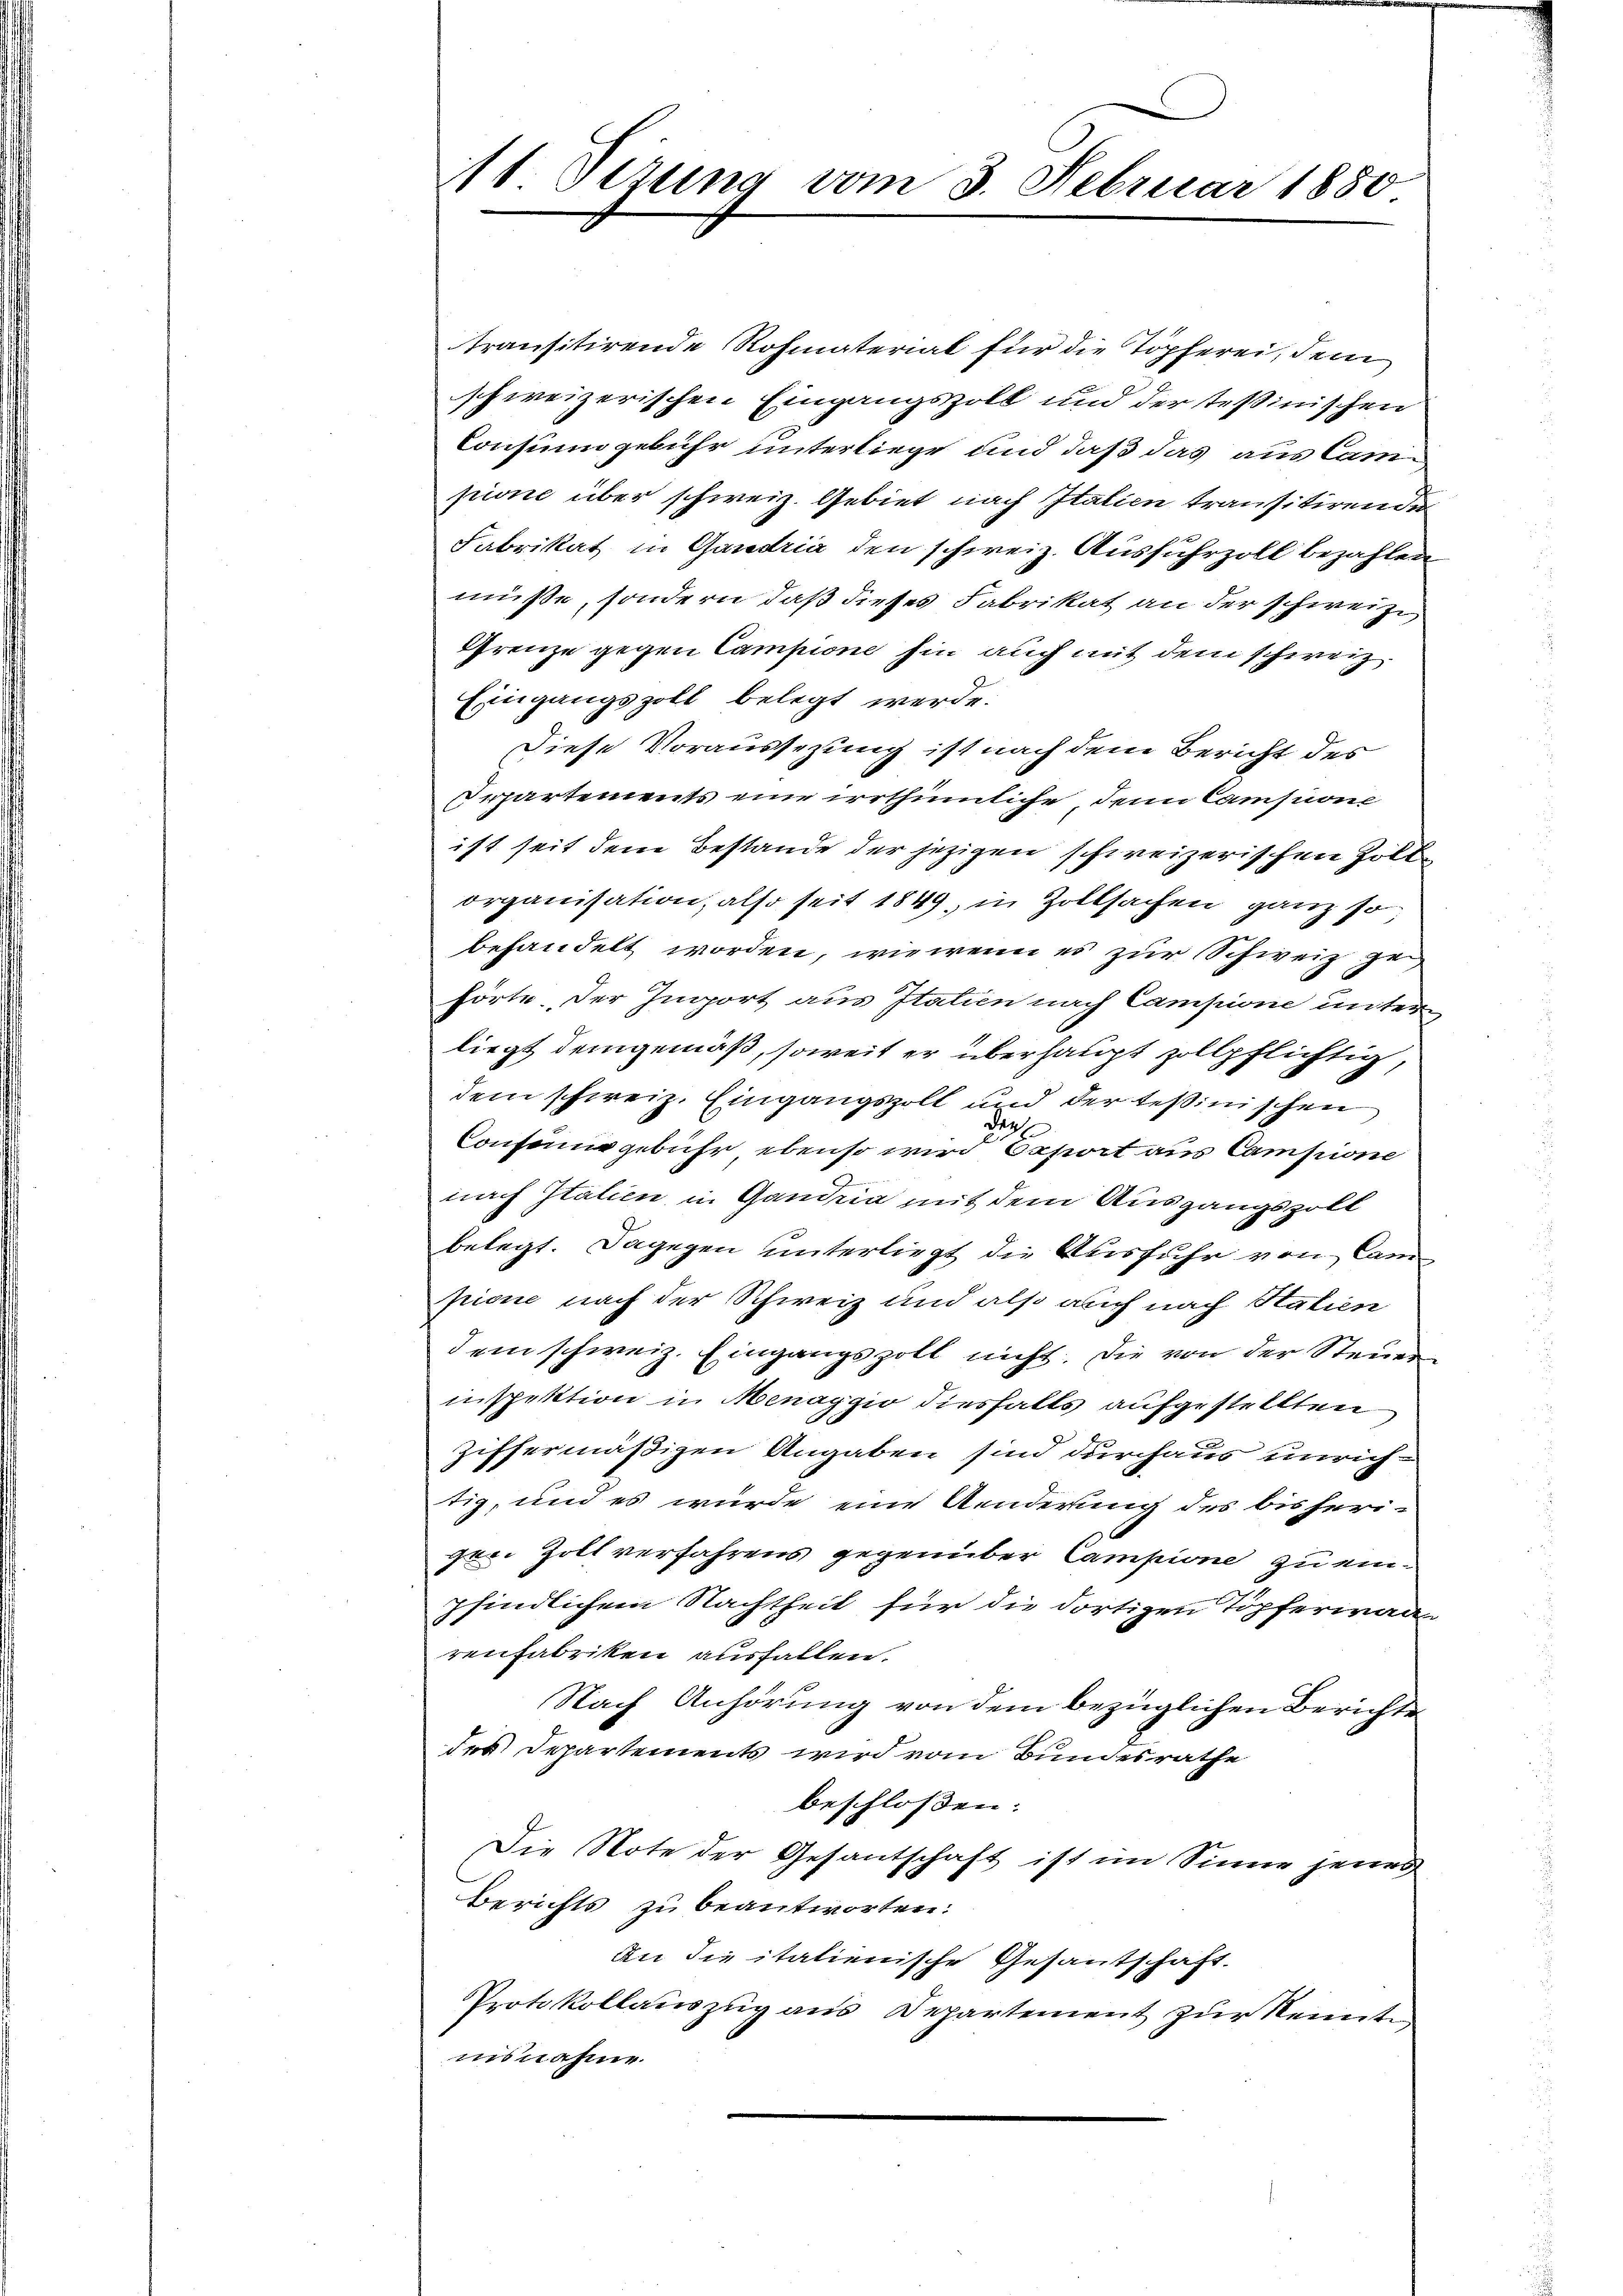
1 Sizung vom 3. Februar 1880

transitirende Rohmaterial für die Töpferei, dem
schweizerischen Eingangszoll und der Teßinischen
Consum gebühr unterliege und daß das aus Campione über schweiz. Gebiet nach Italien transitirenden
Fabrikat in Gandria den schweiz. Ausfuhrzoll bezahlen
müsse, sondern daß dieses Fabrikat an der schweize
Grenze gegen Campione hin auch mit dem schweiz.
Eingangszoll belegt werde.
Diese Voraussezung ist nach dem Bericht des
Separtements eine irrthümliche, denn Cansione
ist seit dene Bestande der jezigen schweizerischen Zolle
organisation, also seit 1849, in Zollsachen ganz so
behandelt worden, wie wenn es zur Schweiz gehörte. Der Import aus Italien nach Campione unter
liegt demgemäß, soweit er überhaupt zollpflichtig,
dem schweiz. Eingangszoll und der Teßinischen
29
Conseine gebühr ebenso wird Opport aus Campione
nach Italien, in Gandria mit dem Ausgangszoll
belegt. Dagegen unterliegt die Ausfuhr von Cam
pione nach der Schweiz und als auch nach Statien
dem schweiz. Eingangszoll nicht. Die von der Steuerinspektion in Menaggio diesfalls aufgestellten
ziffermäßigen Angaben sind durchaus unrichtig, und es wurde eine Aenderung des bisheri-
gen Zoll verfahrens gegenüber Campione zu einpfindlichem Nachtheit für die dortigen Töpferwaarenfabriken ausfallen.
Nach Anhörung von dem bezüglichen Berichte
des Departements wird vom Bundesrathe
beschloßen:
Die Note der Gesantschaft ist im Sinne jenes
1
Berichts zu beantworten:
An die italienische Gesantschaft.
Protokollauszug aus Departement zur Kennte
nisnahme.